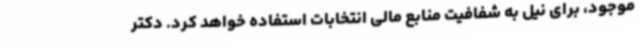
موجود، برای نیل به شفافیت منابع مالی انتخابات استفاده خواهد کرد. دکتر